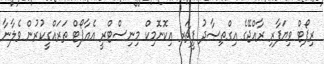
ރިޕޯޓް ވިޔަފާރި ރާއްޖޭގެ އިގްތިޞާދު ފީޗަރ އިކޮނޮމިކް މިނިސްޓްރީ އެއާޕޯޓް ތަރައްގީކުރުން ވެލާނާ